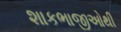
શાકભાજીઓથી